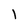
Character: l